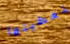
تغطيتها